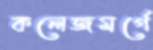
কলেজমর্গে